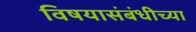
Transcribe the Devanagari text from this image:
विषयासंबंधीच्या